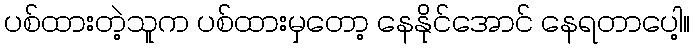
ပစ်ထားတဲ့သူက ပစ်ထားမှတော့ နေနိုင်အောင် နေရတာပေါ့။